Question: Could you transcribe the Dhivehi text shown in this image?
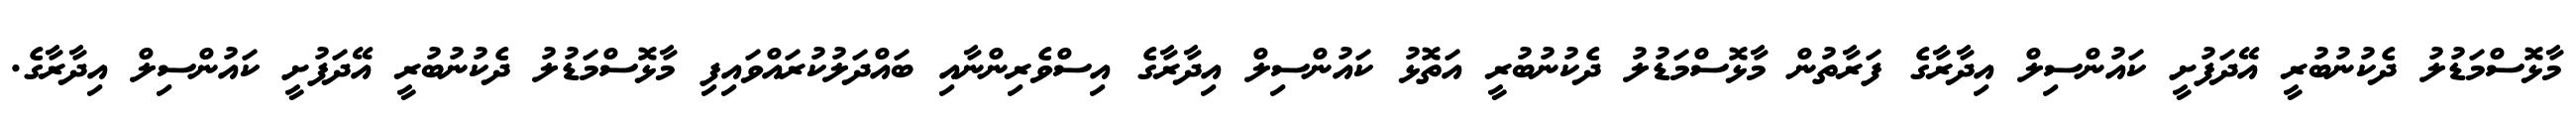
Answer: މާޅޮސްމަޑުލު ދެކުނުބުރީ އޭދަފުށީ ކައުންސިލް އިދާރާގެ ފަރާތުން މާޅޮސްމަޑުލު ދެކުނުބުރީ އަތޮޅު ކައުންސިލް އިދާރާގެ އިސްވެރިންނާއި ބައްދަލުކުރައްވައިފި މާޅޮސްމަޑުލު ދެކުނުބުރީ އޭދަފުށީ ކައުންސިލް އިދާރާގެ.